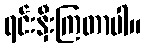
ရင်းနှီးကြတာပါ။